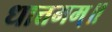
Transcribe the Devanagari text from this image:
धात्तमम्‌॥